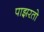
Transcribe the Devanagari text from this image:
पाझरतो